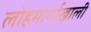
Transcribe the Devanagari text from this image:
लोहमार्गाखाली